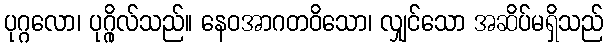
ပုဂ္ဂလော၊ ပုဂ္ဂိုလ်သည်။ နေဝအာဂတဝိသော၊ လျှင်သော အဆိပ်မရှိသည်